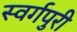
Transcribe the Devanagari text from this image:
स्वर्गपुरी